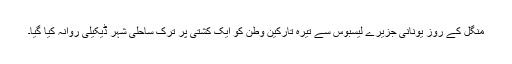
منگل کے روز يونانی جزيرے ليسبوس سے تيرہ تارکين وطن کو ايک کشتی پر ترک ساحلی شہر ڈيکيلی روانہ کيا گيا۔